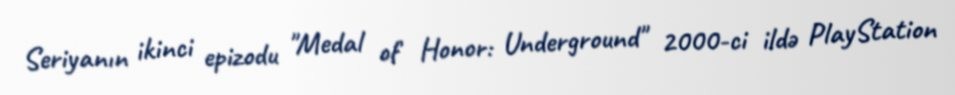
Seriyanın ikinci epizodu "Medal of Honor: Underground" 2000-ci ildə PlayStation